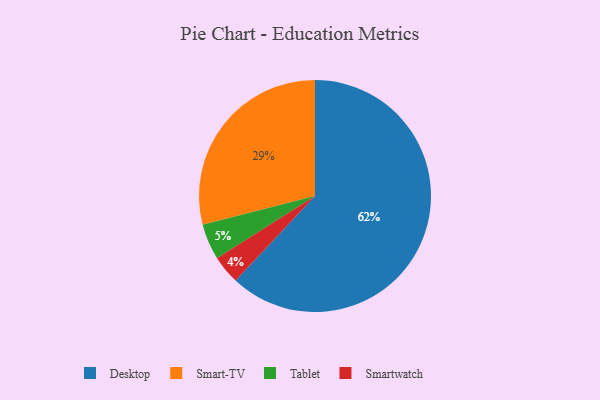
{"axis": {"x": "Category", "y": "Percentage"}, "legend": ["Desktop", "Smart-TV", "Smartwatch", "Tablet"], "data": [{"x": "Desktop", "y": 62, "type": "Desktop"}, {"x": "Smart-TV", "y": 29, "type": "Smart-TV"}, {"x": "Tablet", "y": 5, "type": "Tablet"}, {"x": "Smartwatch", "y": 4, "type": "Smartwatch"}]}